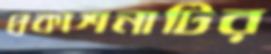
প্রকাশনাটির